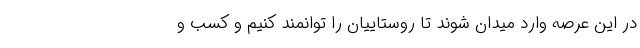
در این عرصه وارد میدان شوند تا روستاییان را توانمند کنیم و کسب و